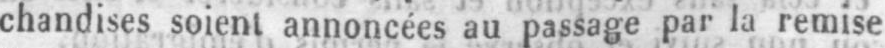
chandises soient annoncées au passage par la remise